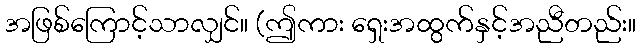
အဖြစ်ကြောင့်သာလျှင်။ (ဤကား ရှေးအထွက်နှင့်အညီတည်း။